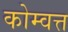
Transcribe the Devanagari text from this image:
कोम्वत्त